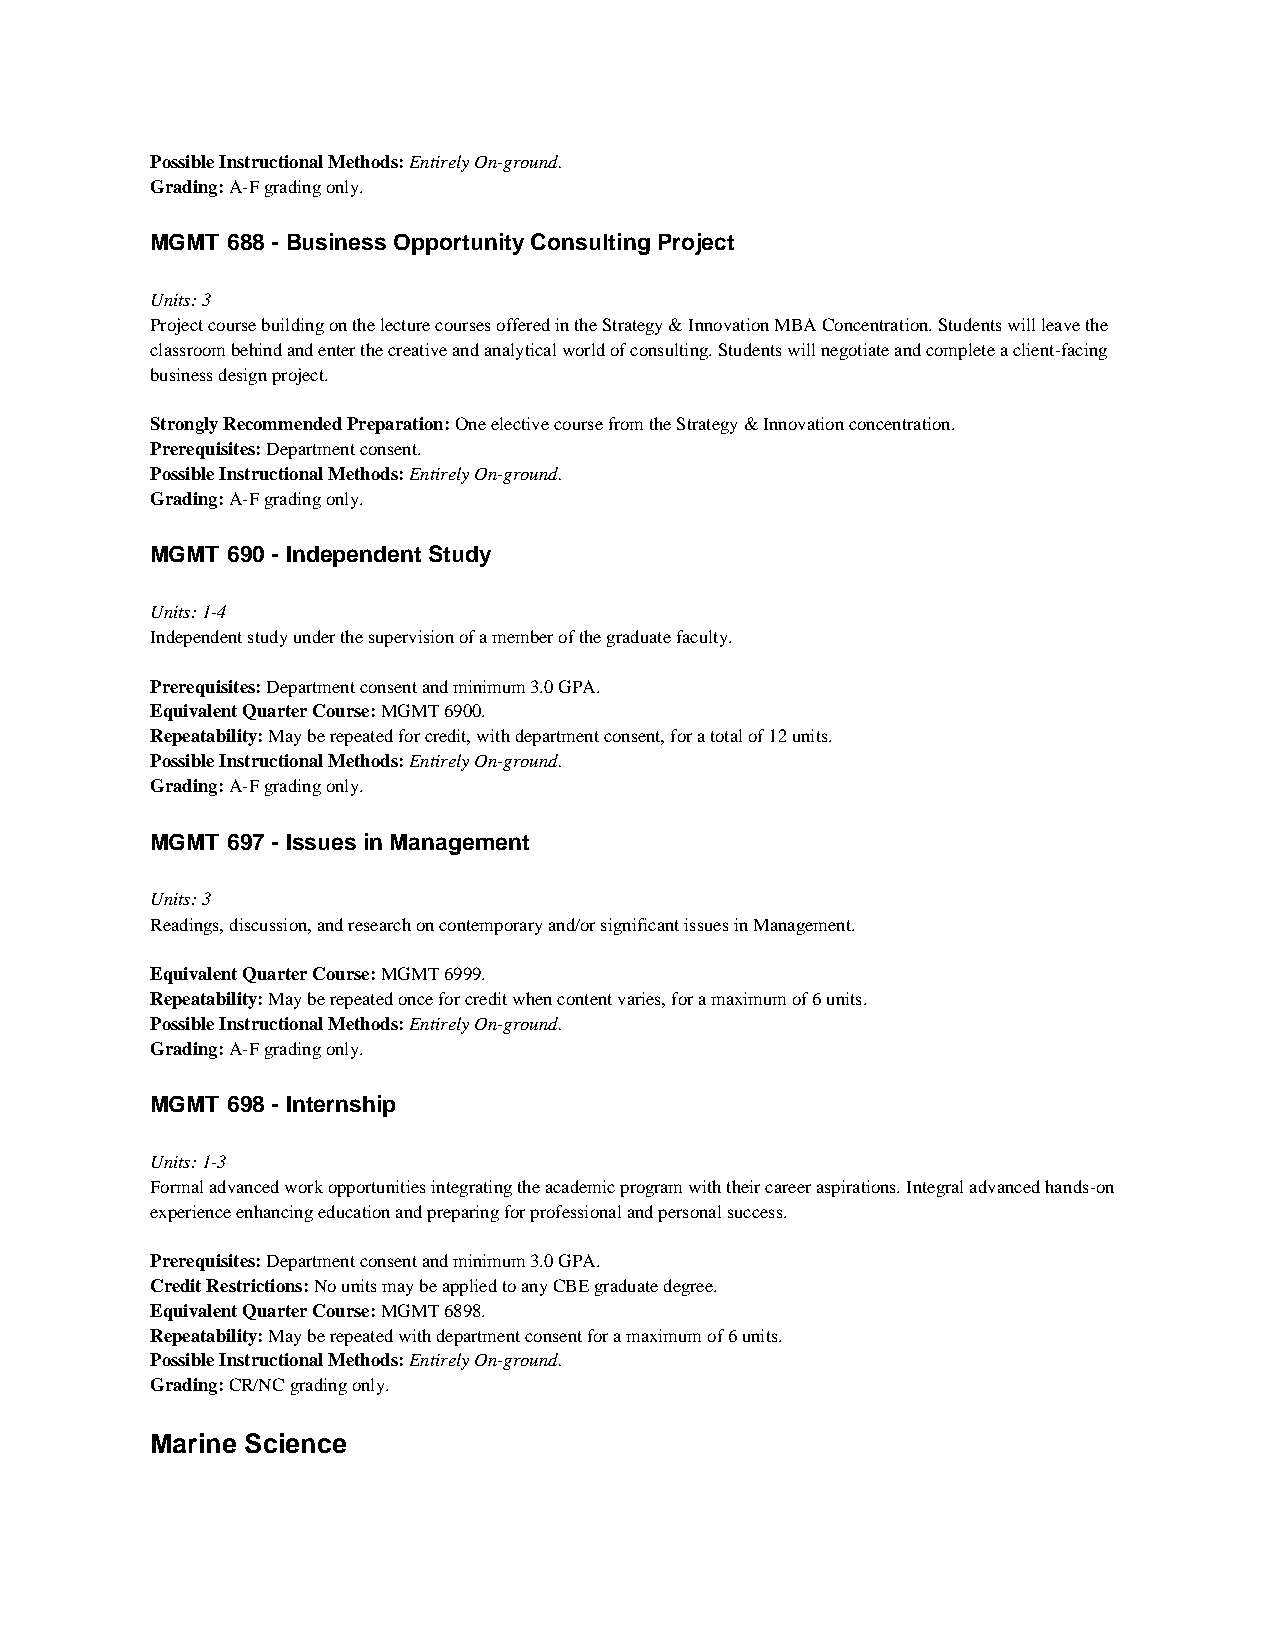
Possible Instructional Methods: Entirely On-ground.
 Grading: A-F grading only.
 MGMT 688 - Business Opportunity Consulting Project
 Units: 3
 Project course building on the lecture courses offered in the Strategy & Innovation MBA Concentration. Students will leave the
 classroom behind and enter the creative and analytical world of consulting. Students will negotiate and complete a client-facing
 business design project.
 Strongly Recommended Preparation: One elective course from the Strategy & Innovation concentration.
 Prerequisites: Department consent.
 Possible Instructional Methods: Entirely On-ground.
 Grading: A-F grading only.
 MGMT 690 - Independent Study
 Units: 1-4
 Independent study under the supervision of a member of the graduate faculty.
 Prerequisites: Department consent and minimum 3.0 GPA.
 Equivalent Quarter Course: MGMT 6900.
 Repeatability: May be repeated for credit, with department consent, for a total of 12 units.
 Possible Instructional Methods: Entirely On-ground.
 Grading: A-F grading only.
 MGMT 697 - Issues in Management
 Units: 3
 Readings, discussion, and research on contemporary and/or significant issues in Management.
 Equivalent Quarter Course: MGMT 6999.
 Repeatability: May be repeated once for credit when content varies, for a maximum of 6 units.
 Possible Instructional Methods: Entirely On-ground.
 Grading: A-F grading only.
 MGMT 698 - Internship
 Units: 1-3
 Formal advanced work opportunities integrating the academic program with their career aspirations. Integral advanced hands-on
 experience enhancing education and preparing for professional and personal success.
 Prerequisites: Department consent and minimum 3.0 GPA.
 Credit Restrictions: No units may be applied to any CBE graduate degree.
 Equivalent Quarter Course: MGMT 6898.
 Repeatability: May be repeated with department consent for a maximum of 6 units.
 Possible Instructional Methods: Entirely On-ground.
 Grading: CR/NC grading only.
 Marine Science